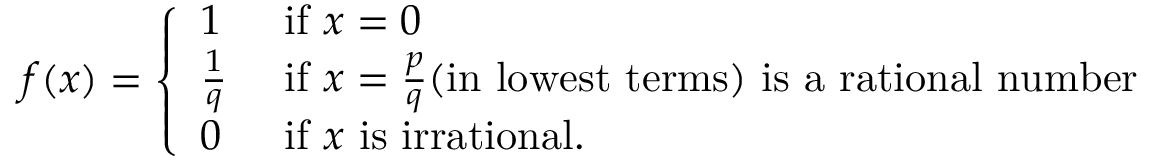
f ( x ) = { \left\{ \begin{array} { l l } { 1 } & { { \mathrm { ~ i f ~ } } x = 0 } \\ { { \frac { 1 } { q } } } & { { \mathrm { ~ i f ~ } } x = { \frac { p } { q } } { \mathrm { ( i n ~ l o w e s t ~ t e r m s ) ~ i s ~ a ~ r a t i o n a l ~ n u m b e r } } } \\ { 0 } & { { \mathrm { ~ i f ~ } } x { \mathrm { ~ i s ~ i r r a t i o n a l } } . } \end{array} \right. }